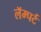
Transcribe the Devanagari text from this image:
लॅम्पर्ट